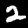
Digit: 2